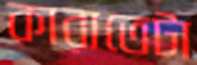
কারাতেটা